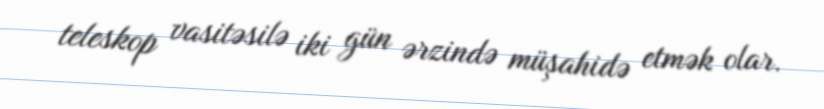
teleskop vasitəsilə iki gün ərzində müşahidə etmək olar.